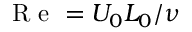
\mathrm { ~ R ~ e ~ } = U _ { 0 } L _ { 0 } / \nu